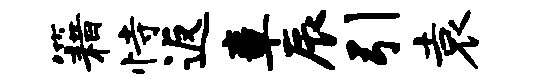
籍恃返章辰引袁